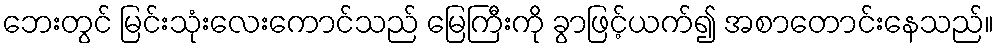
ဘေးတွင် မြင်းသုံးလေးကောင်သည် မြေကြီးကို ခွာဖြင့်ယက်၍ အစာတောင်းနေသည်။